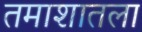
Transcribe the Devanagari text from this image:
तमाशातला